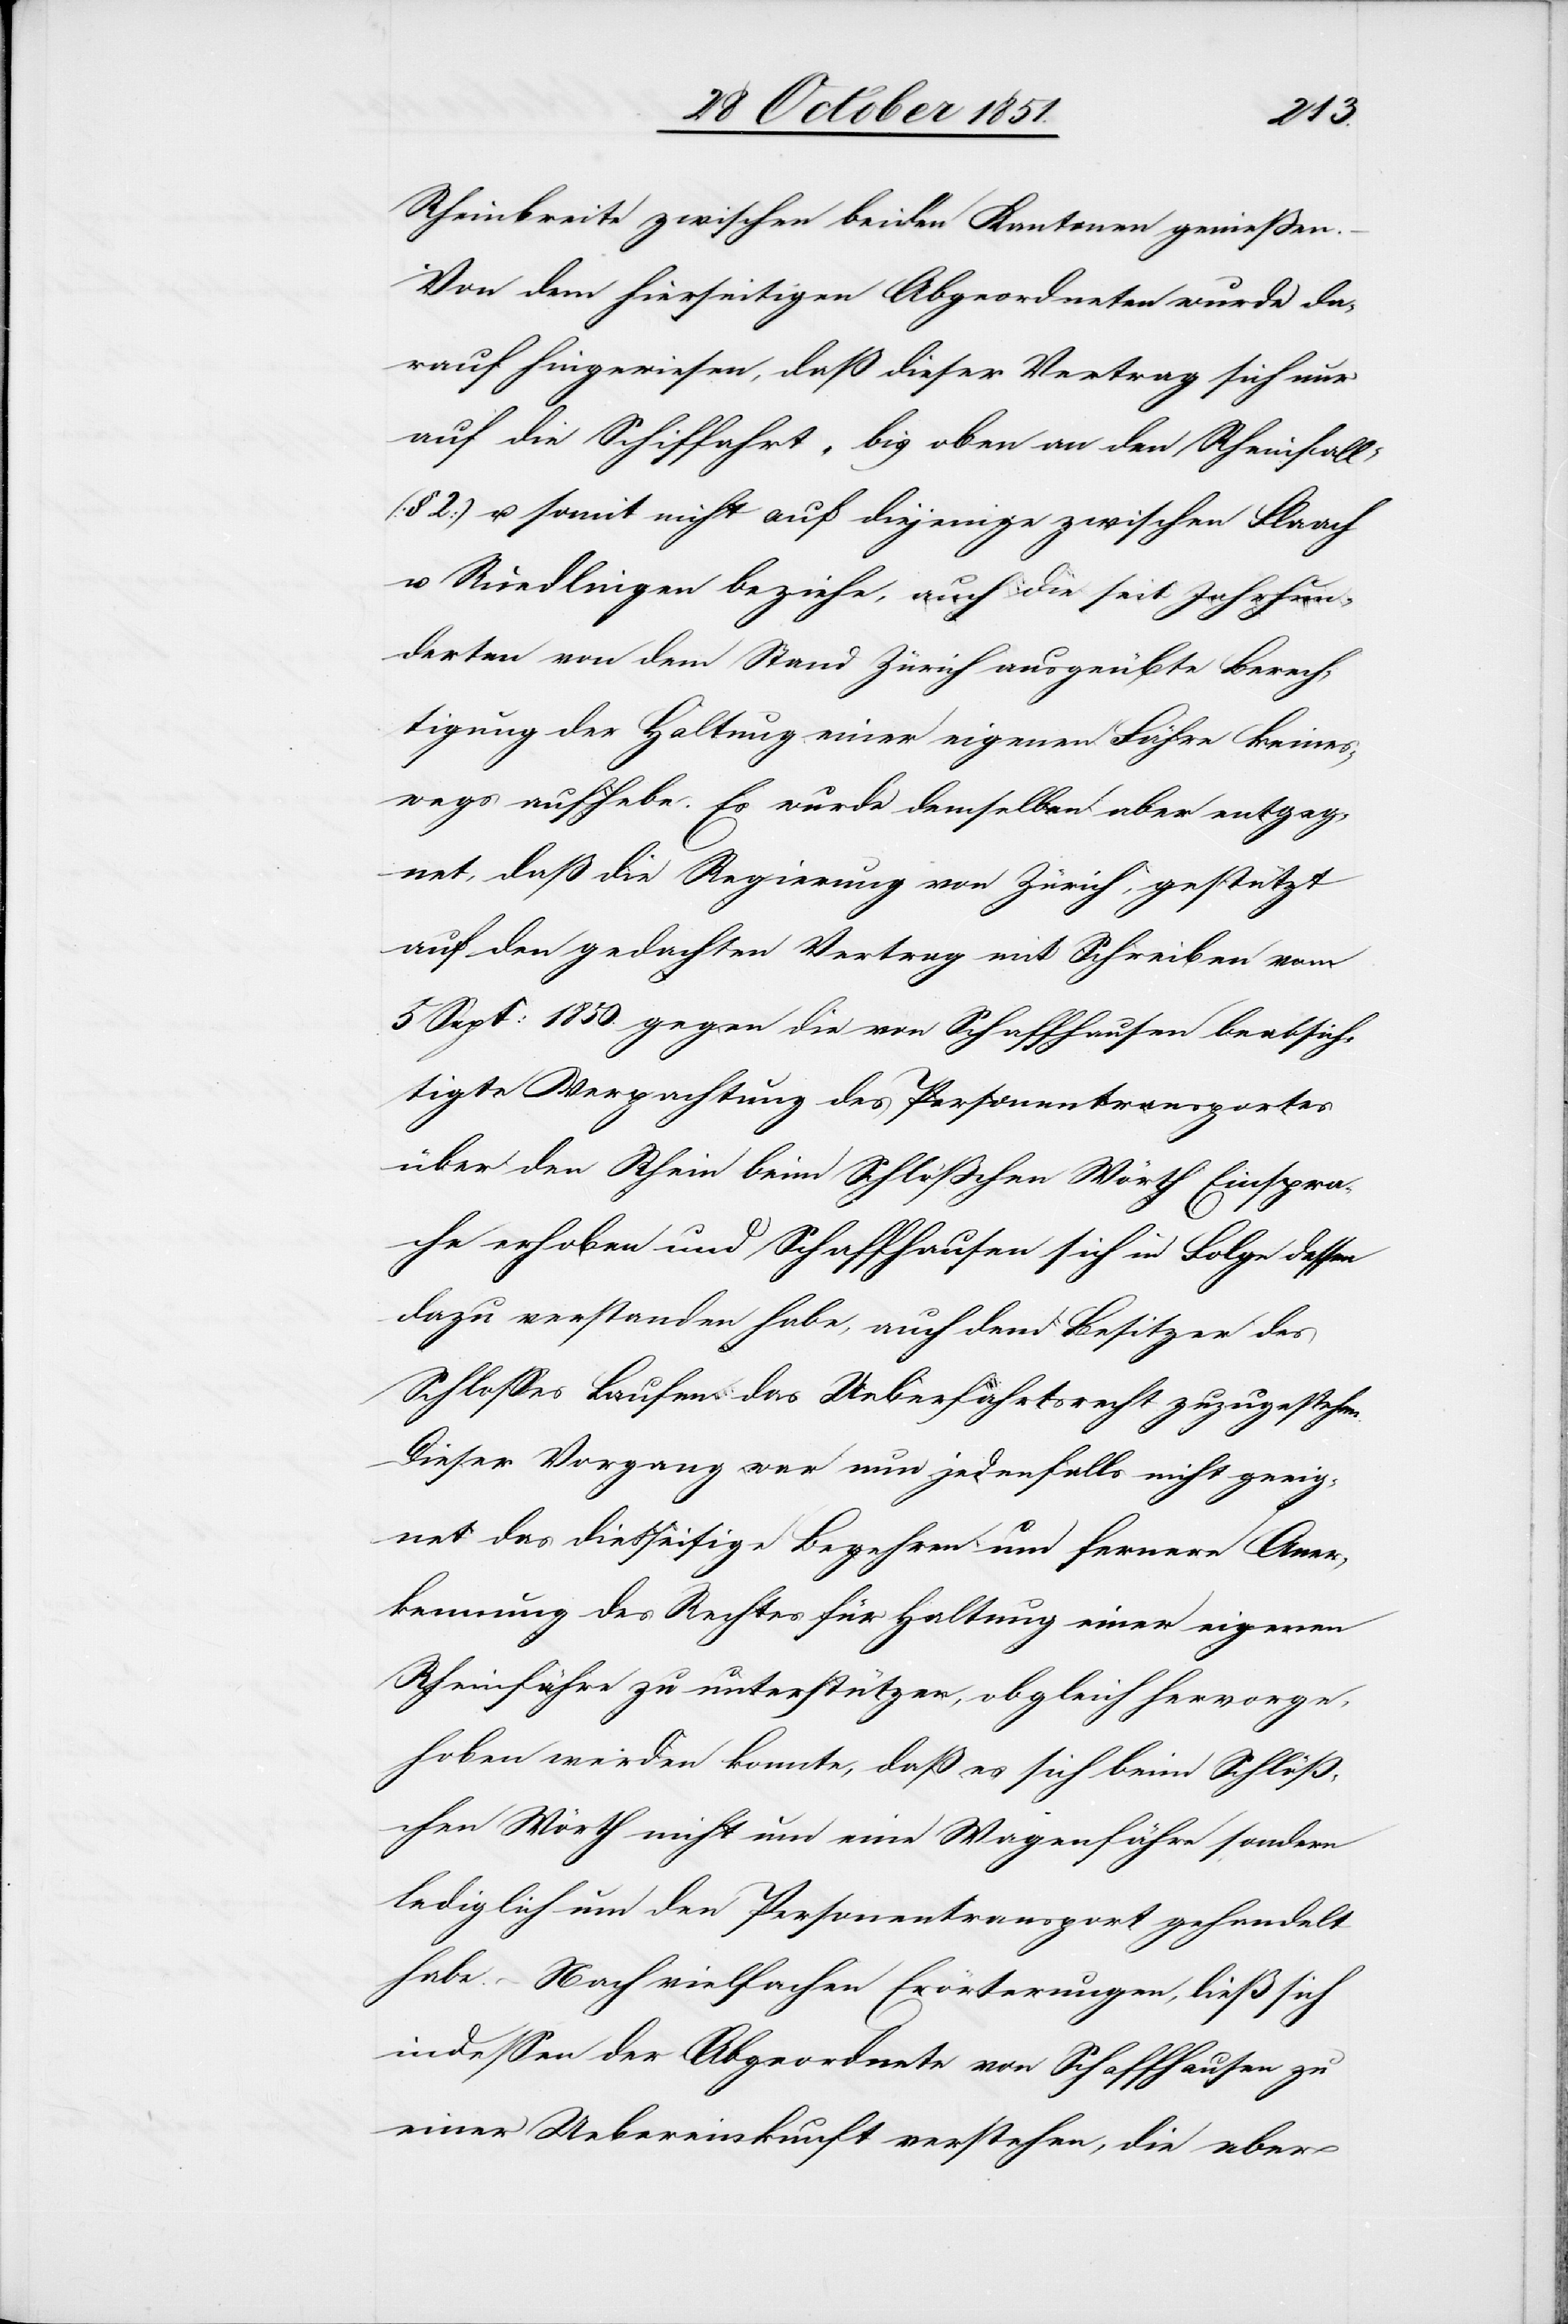
Rheinbreite zwischen beiden Kantonen genießen.
Von dem hierseitigen Abgeordneten wurde da¬
rauf hingewiesen, daß dieser Vertrag sich nur
auf die Schiffahrt „bis oben an den Rheinfall“
(§ 2) u. somit nicht auf diejenige zwischen Flaach
u. Ruedlingen beziehe, auch die seit Jahrhun¬
derten von dem Stand Zürich ausgeübte Berech¬
tigung der Haltung einer eigenen Fähre keines¬
wegs aufhebe. Es wurde demselben aber entgeg¬
net, daß die Regierung von Zürich, gestützt
auf den gedachten Vertrag mit Schreiben vom
5 Sept: 1850. gegen die von Schaffhausen beabsich¬
tigte Verpachtung des Personentransportes
über den Rhein beim Schlößchen Wörth Einspra¬
che erhoben und Schaffhausen sich in Folge dessen
dazu verstanden habe, auch dem Besitzer des
Schlosses Laufen das Ueberfahrtsrecht zuzugestehen.
Dieser Vorgang war nun jedenfalls nicht geeig¬
net das diesseitige Begehren um fernere Aner¬
kennung des Rechtes für Haltung einer eigenen
Rheinfähre zu unterstützen, obgleich hervorge¬
hoben werden konnte, daß es sich beim Schlöß¬
chen Wörth nicht um eine Wagenfähre sondern
lediglich um den Personentransport gehandelt
habe. – Nach vielfachen Erörterungen, ließ sich
indessen der Abgeordnete von Schaffhausen zu
einer Uebereinkunft verstehen, die aber